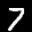
Label: 7